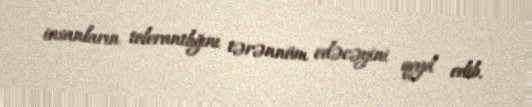
insanların tolerantlığını tərənnüm edəcəyini qeyd edib.